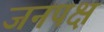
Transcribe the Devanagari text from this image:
जनपक्ष